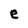
Character: e